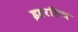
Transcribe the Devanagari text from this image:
इहरलिच